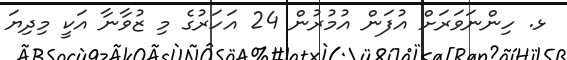
ޅ. ހިންނަވަރަށް އުފަން އުމުރުން 24 އަހަރުގެ މި ޒުވާނާ އަކީ މިދިޔަ